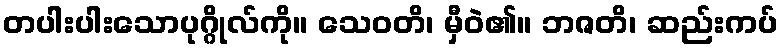
တပါးပါးသောပုဂ္ဂိုလ်ကို။ သေဝတိ၊ မှီဝဲ၏။ ဘဇတိ၊ ဆည်းကပ်